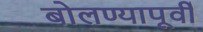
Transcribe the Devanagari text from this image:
बोलण्यापूर्वी